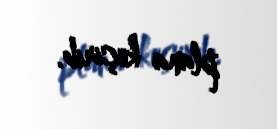
plana keçirib.